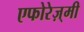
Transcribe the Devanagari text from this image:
एफोरेज़्मी